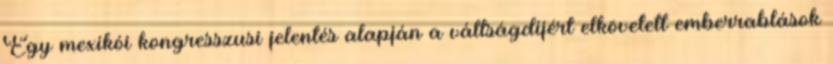
Egy mexikói kongresszusi jelentés alapján a váltságdíjért elkövetett emberrablások